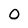
Character: O